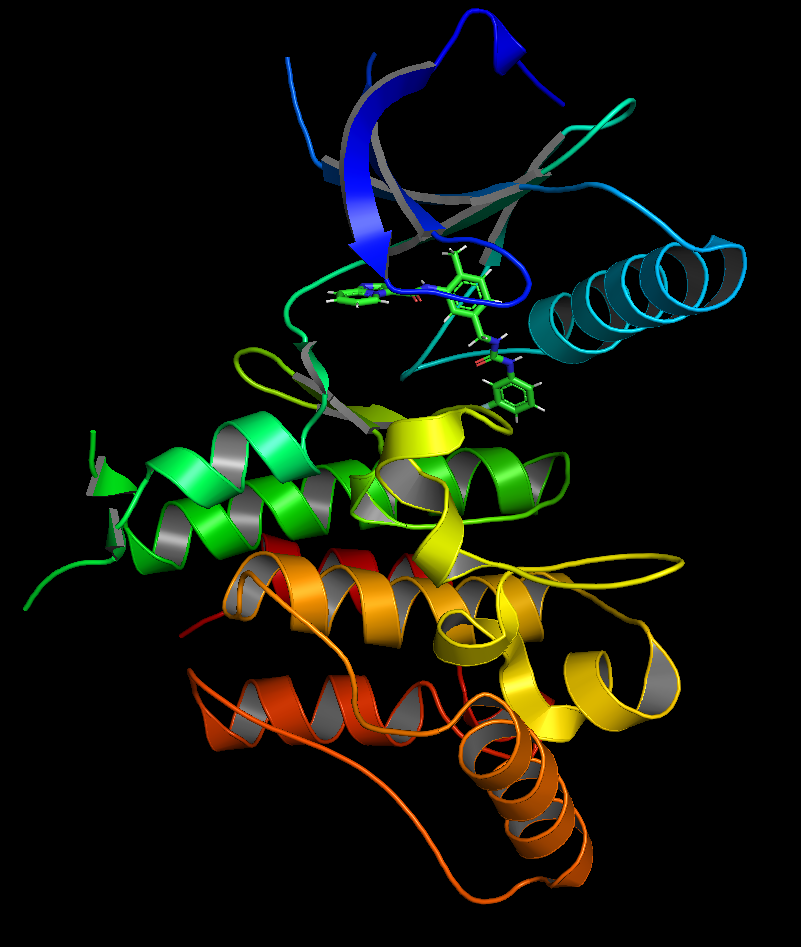
pymol, preset publication